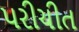
પરીચીત